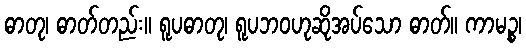
ဓာတု၊ ဓာတ်တည်း။ ရူပဓာတု၊ ရူပဘဝဟုဆိုအပ်သော ဓာတ်။ ကာမဉ္စ၊